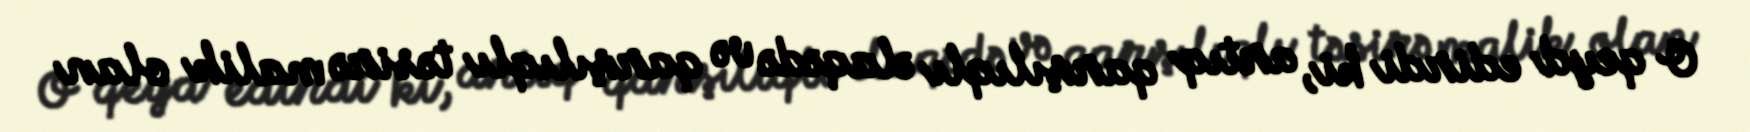
O qeyd edirdi ki, artıq qarşılıqlı əlaqədə və qarşılıqlı təsirə malik olan